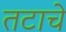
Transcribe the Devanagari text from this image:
तटाचे